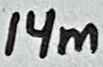
Text: 14m